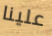
علينا